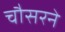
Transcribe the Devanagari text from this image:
चौसरने